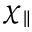
\chi _ { \| }